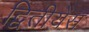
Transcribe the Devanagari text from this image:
द्वितीयेस